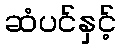
ဆံပင်နှင့်